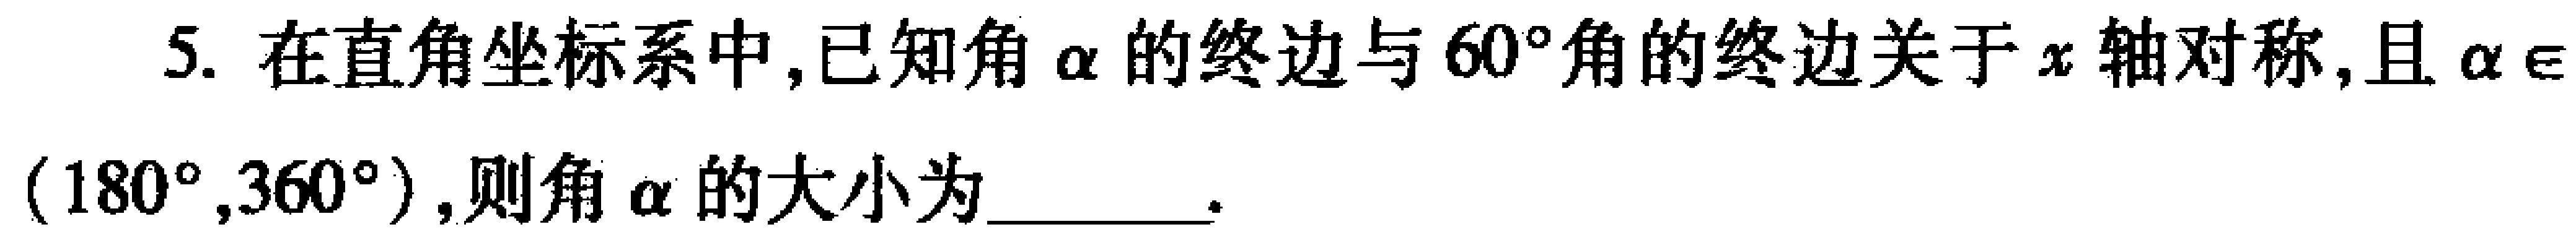
5. 在直角坐标系中,已知角\(\alpha\)的终边与\(60^{\circ}\)角的终边关于\(x\)轴对称,且\(\alpha\in(180^{\circ},360^{\circ})\),则角\(\alpha\)的大小为  .